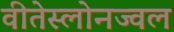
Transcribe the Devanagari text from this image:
वीतेस्लोनज्वल